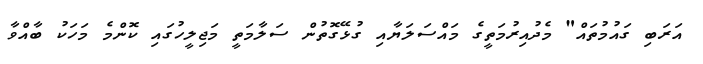
އަރަބި ގައުމުތައް" މެދުއިރުމަތީގެ މައްސަލަޔާއި ގުޅޭގޮތުން ސަލާމަތީ މަޖިލީހުގައި ކޮންމެ މަހަކު ބާއްވާ